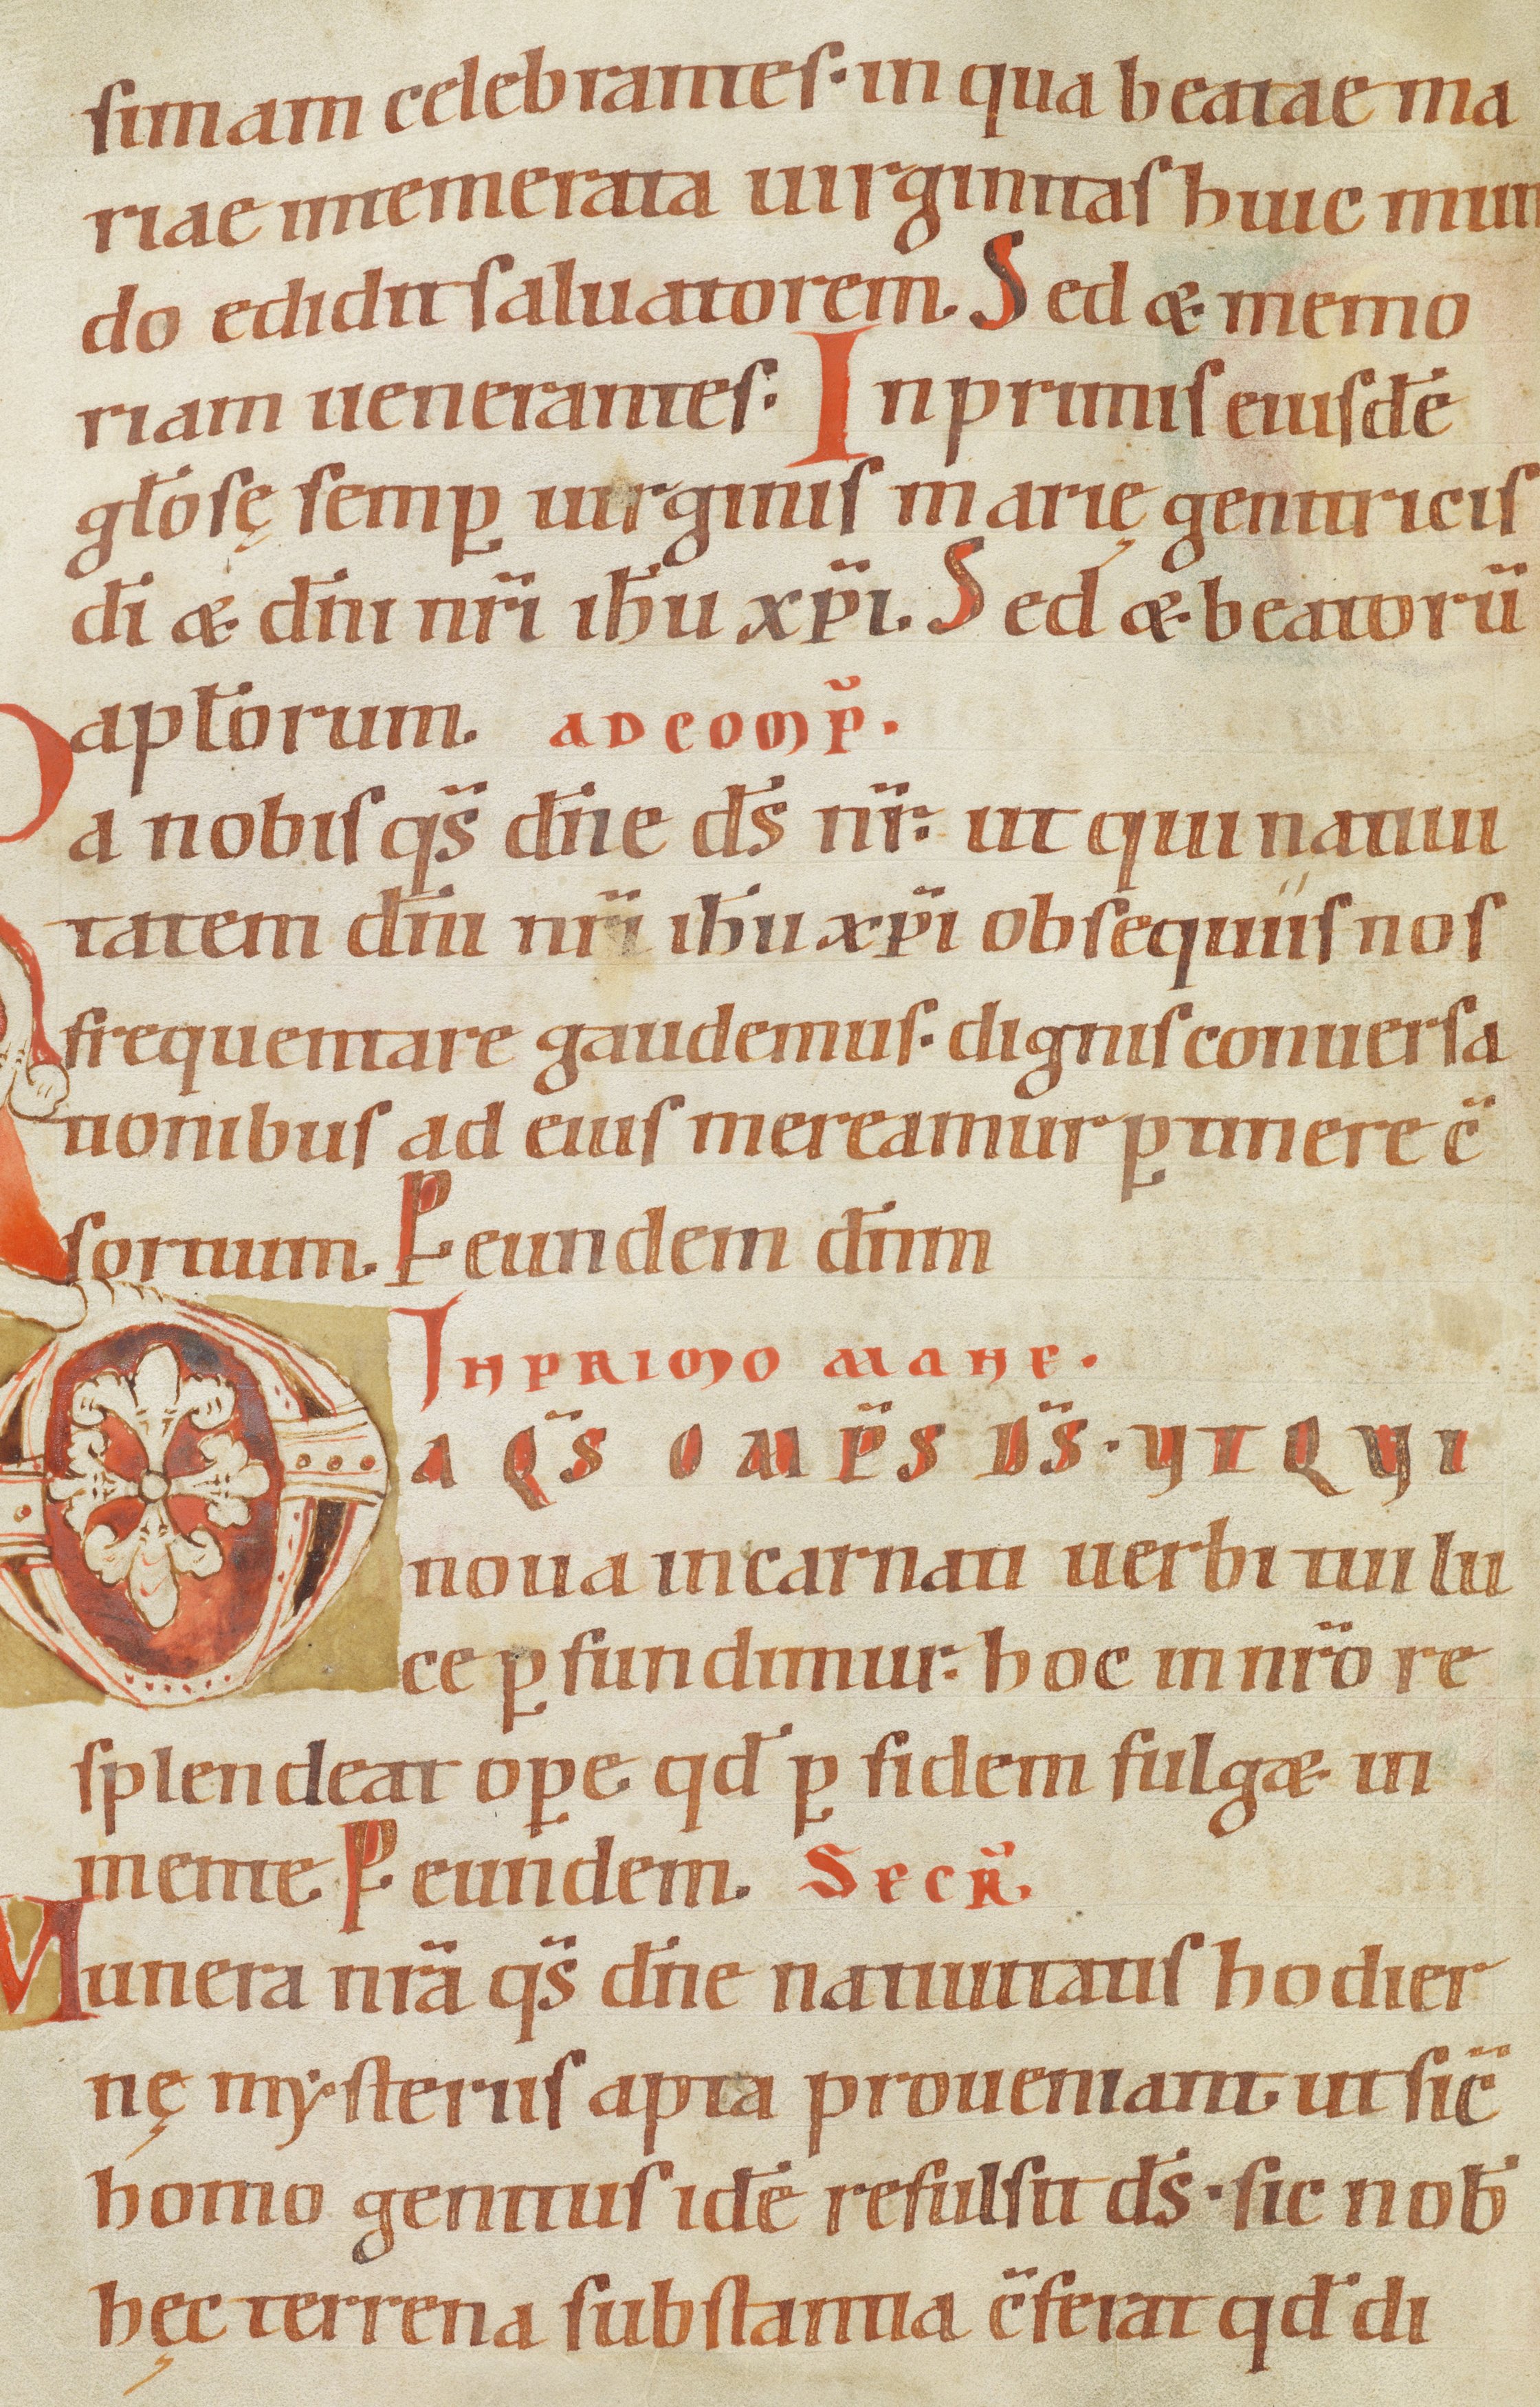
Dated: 1100–1199